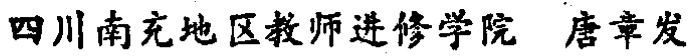
四川南充地区教师进修学院 唐章发